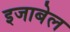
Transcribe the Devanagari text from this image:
इजाबेल